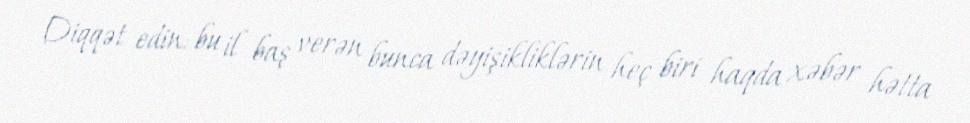
Diqqət edin: bu il baş verən bunca dəyişikliklərin heç biri haqda xəbər hətta